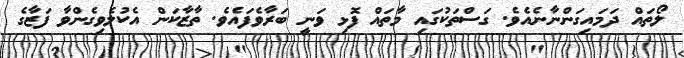
ލޯތައް ދަމައިގަންނާނެއެވެ. ގަސްތަކުގައި މާތައް ފޮޅި ވަނީ ބަރާވެފައެވެ. ތާޒާކަން އެކުލެވިގެންވާ ފަޒާގެ